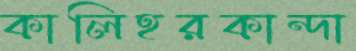
কালিহরকান্দা